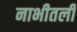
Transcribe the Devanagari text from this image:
नाभीतली